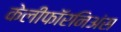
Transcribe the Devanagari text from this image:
केलीफॉरनिअंस